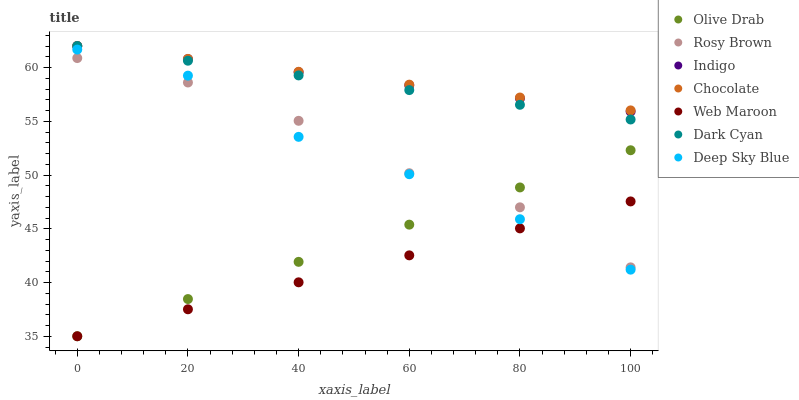
| xaxis_label | Olive Drab | Rosy Brown | Indigo | Chocolate | Web Maroon | Dark Cyan | Deep Sky Blue |
 | --- | --- | --- | --- | --- | --- | --- | --- |
 | 0 | 35 | 60.9 | 62 | 62 | 35 | 62 | 61.7 |
 | 20 | 38.5 | 58.6 | 60.8 | 60.8 | 37.5 | 60.6 | 59.2 |
 | 40 | 41.9 | 55 | 59.6 | 59.6 | 40 | 59.3 | 53.6 |
 | 60 | 45.4 | 50.2 | 58.3 | 58.4 | 42.5 | 57.9 | 50.1 |
 | 80 | 48.8 | 47 | 57.1 | 57.2 | 45 | 56.5 | 45.9 |
 | 100 | 52.3 | 41.4 | 55.9 | 56 | 47.5 | 55.2 | 41.2 |